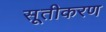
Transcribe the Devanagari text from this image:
सूतीकरण